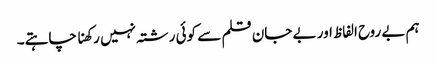
ہم بے روح الفاظ اور بے جان قلم سے کوئی رشتہ نہیں رکھنا چاہتے۔